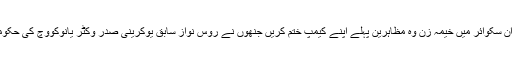
ان کا یہ بھی کہنا تھا کہ کئیف کے میدان سکوائر میں خیمہ زن وہ مظاہرین پہلے اپنے کیمپ ختم کریں جنھوں نے روس نواز سابق یوکرینی صدر وکٹر یانوکووچ کی حکومت گرانے میں کلیدی کردار ادا کیا تھا۔